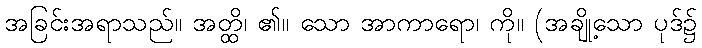
အခြင်းအရာသည်။ အတ္ထိ၊ ၏။ သော အာကာရော၊ ကို။ (အချို့သော ပုဒ်၌